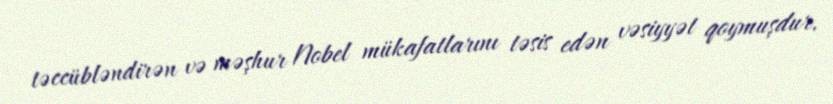
təccübləndirən və məşhur Nobel mükafatlarını təsis edən vəsiyyət qoymuşdur.